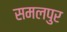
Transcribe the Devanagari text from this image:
समलपुर